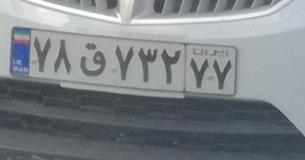
۷۸ق۷۳۲۷۷